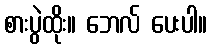
စားပွဲထိုး။ ဘေလ် ပေးပါ။